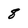
Character: 8